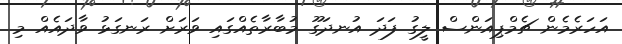
އަހަރެމެން ޗެމްޕިއަންސް ލީގު ފަދަ އުނދަގޫ މުބާރާތެއްގައި ވަރަށް ރަނގަޅު ވާދައެއް މި